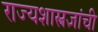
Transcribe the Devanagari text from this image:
राज्यशास्त्रज्ञांची